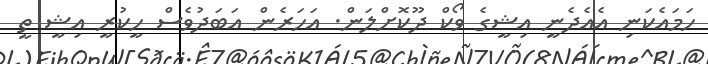
ހަމައެކަނި އެއެދެނީ އިޝީގެ ވޯކް ދޫކޮށްލަން. އަހަރެން އަބަދުވެސް ހީކުރީ އިޝީ ތީ